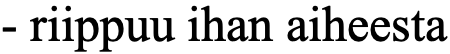
- riippuu ihan aiheesta